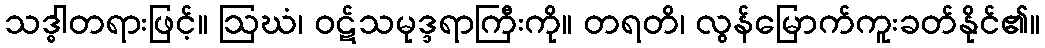
သဒ္ဓါတရားဖြင့်။ ဩဃံ၊ ဝဋ်သမုဒ္ဒရာကြီးကို။ တရတိ၊ လွန်မြောက်ကူးခတ်နိုင်၏။